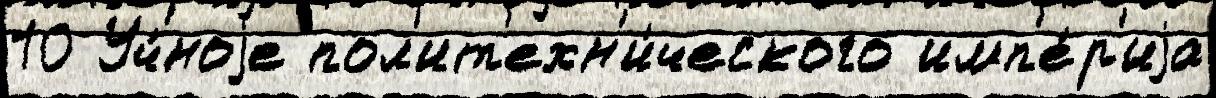
10 Уч́ноjе пол'ит'ехн'и́ческого имп'е́р'иjа